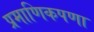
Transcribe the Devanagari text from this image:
प्रमाणिकपणा